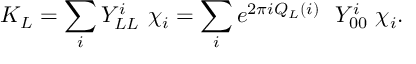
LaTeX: K _ { L } = \sum _ { i } Y _ { L L } ^ { i } \ \chi _ { i } = \sum _ { i } e ^ { 2 \pi i Q _ { L } ( i ) } \ \ Y _ { 0 0 } ^ { i } \ \chi _ { i } .